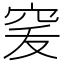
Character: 𥥜